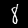
Label: 8